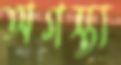
অগস্ত্য